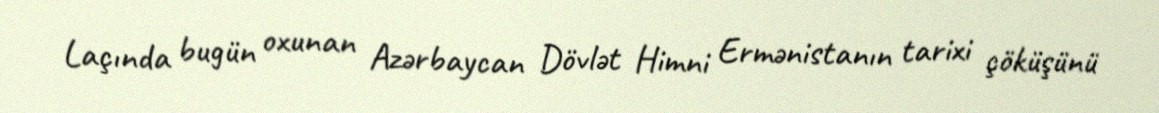
Laçında bugün oxunan Azərbaycan Dövlət Himni Ermənistanın tarixi çöküşünü